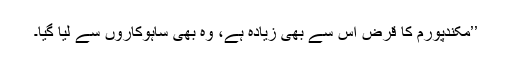
’’مکندپورم کا قرض اس سے بھی زیادہ ہے، وہ بھی ساہوکاروں سے لیا گیا۔